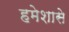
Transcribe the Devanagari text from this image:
हमेशासे